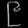
Digit: ၉